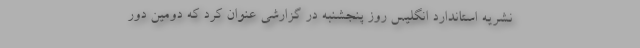
نشریه استاندارد انگلیس روز پنجشنبه در گزارشی عنوان کرد که دومین دور